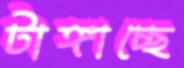
টাঙ্গাচ্ছে